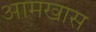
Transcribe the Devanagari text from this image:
आमखास